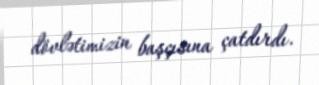
dövlətimizin başçısına çatdırdı.